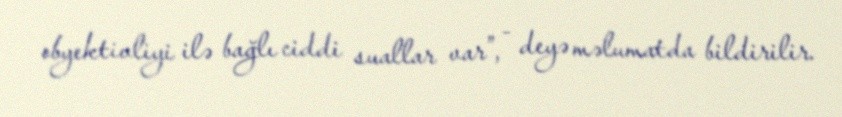
obyektivliyi ilə bağlı ciddi suallar var”, - deyə məlumatda bildirilir.